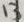
Text: 13